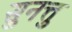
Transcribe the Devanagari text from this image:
सुनत्तु